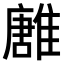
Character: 𩀛